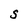
Character: S